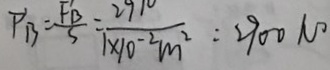
P ^ { \prime } B = \frac { P ^ { \prime } B } { S } = \frac { 2 9 1 0 } { 1 \times 1 0 ^ { - 2 } m ^ { 2 } } = 2 9 0 0 N